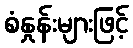
စံနှုန်းများဖြင့်